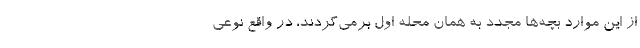
از این موارد بچه‌ها مجدد به همان محله اول برمی‌گردند، در واقع نوعی